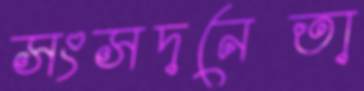
সংসদনেতা